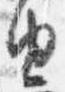
由